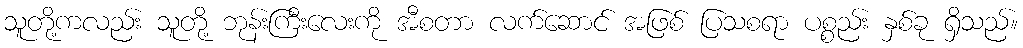
သူတို့ကလည်း သူတို့ ဘုန်းကြီးလေးကို အီစတာ လက်ဆောင် အဖြစ် ပြသစရာ ပစ္စည်း နှစ်ခု ရှိသည်။